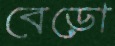
বেড়ো